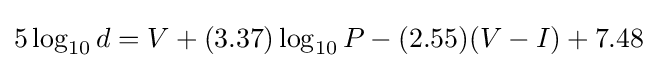
5\log _{10}{d}=V+(3.37)\log _{10}{P}-(2.55)(V-I)+7.48